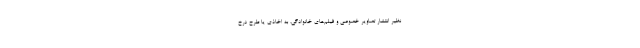
نظیر انتشار تصاویر خصوصی و فیلم‌های خانوادگی، به اخاذی یا طرح درخ